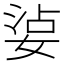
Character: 𡝫